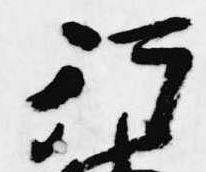
行